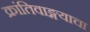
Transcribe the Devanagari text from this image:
क्रांतिवाङ्मयाचा